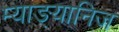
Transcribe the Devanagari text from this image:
म्याङ्यानिज